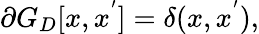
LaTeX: \partial G_{D}[x,x^{'}]=\delta(x,x^{'}),